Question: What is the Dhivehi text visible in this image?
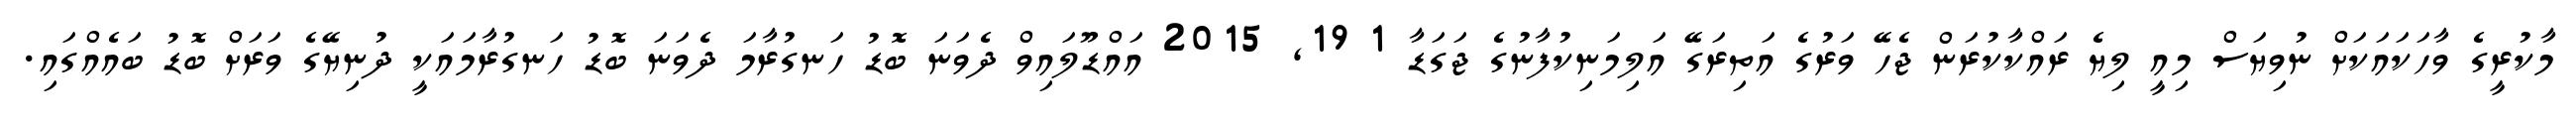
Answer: މާކުރީގެ ވާހަކައަކަށް ނުވިޔަސް މިއީ ލިޔެ ރައްކާކުރަން ޖެހޭ ވަރުގެ އަތިރަގޭ އަލިމަނިކުފާނުގެ ޖަގަޑާ 1 19, 2015 އައްޑޫލައިވް ދެވަނަ ބޮޑު ހަނގުރާމަ ދެވަނަ ބޮޑު ހަނގުރާމައަކީ ދުނިޔޭގެ ވަރަށް ބޮޑު ބައެއްގައި.